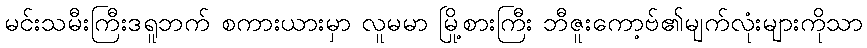
မင်းသမီးကြီးဒရူဘက် စကားယားမှာ လူမမာ မြို့စားကြီး ဘီဇူးကော့ဗ်၏မျက်လုံးများကိုသာ